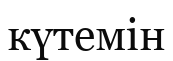
күтемін